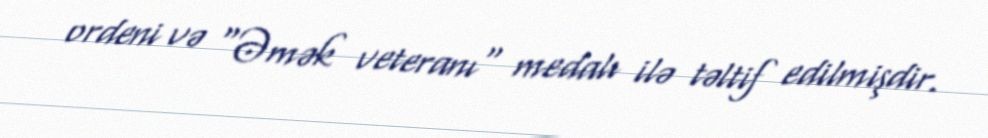
ordeni və "Əmək veteranı" medalı ilə təltif edilmişdir.